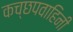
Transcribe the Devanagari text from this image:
कच्छपवाहिनी